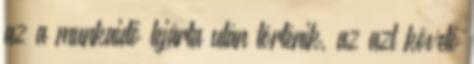
az a munkaidő lejárta után történik, az azt követő